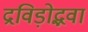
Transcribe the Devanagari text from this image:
द्रविड़ोद्भवा